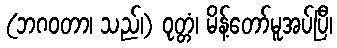
(ဘဂဝတာ၊ သည်၊) ဝုတ္တံ၊ မိန့်တော်မူအပ်ပြီ၊